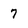
Character: 7